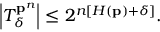
\left\vert T _ { \delta } ^ { \mathbf { p } ^ { n } } \right\vert \leq 2 ^ { n \left[ H \left( \mathbf { p } \right) + \delta \right] } .